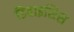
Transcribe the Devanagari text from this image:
डिवाइसिस